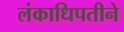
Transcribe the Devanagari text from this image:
लंकाधिपतीने